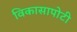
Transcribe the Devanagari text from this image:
विकासापोटी